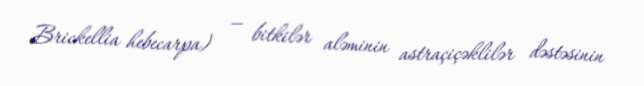
Brickellia hebecarpa) — bitkilər aləminin astraçiçəklilər dəstəsinin